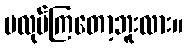
မလုပ်ကြတော့ဘူးလား။